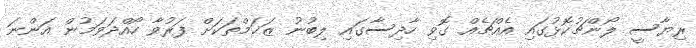
ރިޔާސީ ލޯންޗުކޮޅުގައި އެއްޗެއް ގޮވި ހާދިސާގައި ލިބުނު ޒަޚަމްތަކަށް ފަރުވާ ހޯއްދަވަމުން އަންނަ